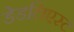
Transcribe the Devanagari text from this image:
डेडलिएस्ट